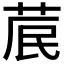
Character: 𮏁